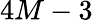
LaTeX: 4M-3